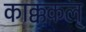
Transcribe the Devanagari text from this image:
काक्ककल्